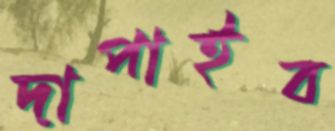
দাপাইব